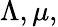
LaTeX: \Lambda,\mu,